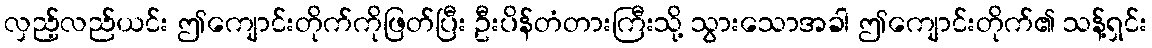
လှည့်လည်ယင်း ဤကျောင်းတိုက်ကိုဖြတ်ပြီး ဦးပိန်တံတားကြီးသို့ သွားသောအခါ ဤကျောင်းတိုက်၏ သန့်ရှင်း